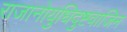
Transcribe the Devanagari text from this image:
राजानोयुधिदुष्टवाजिन